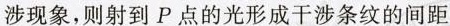
涉现象，则射到P点的光形成干涉条纹的间距